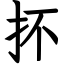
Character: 抔